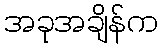
အခုအချိန်က